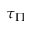
\tau _ { \Pi }